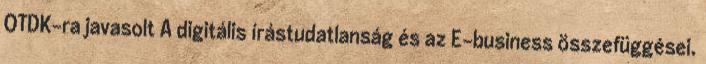
OTDK-ra javasolt A digitális írástudatlanság és az E-business összefüggései.